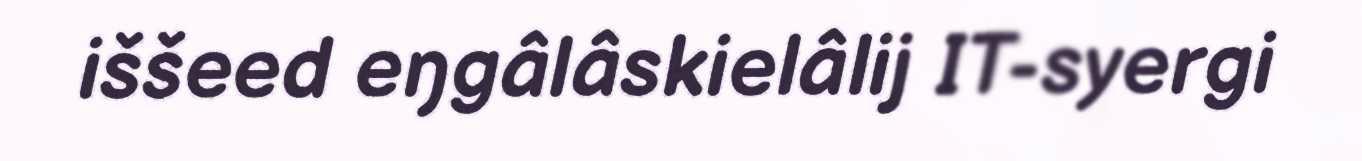
iššeed eŋgâlâskielâlij IT-syergi